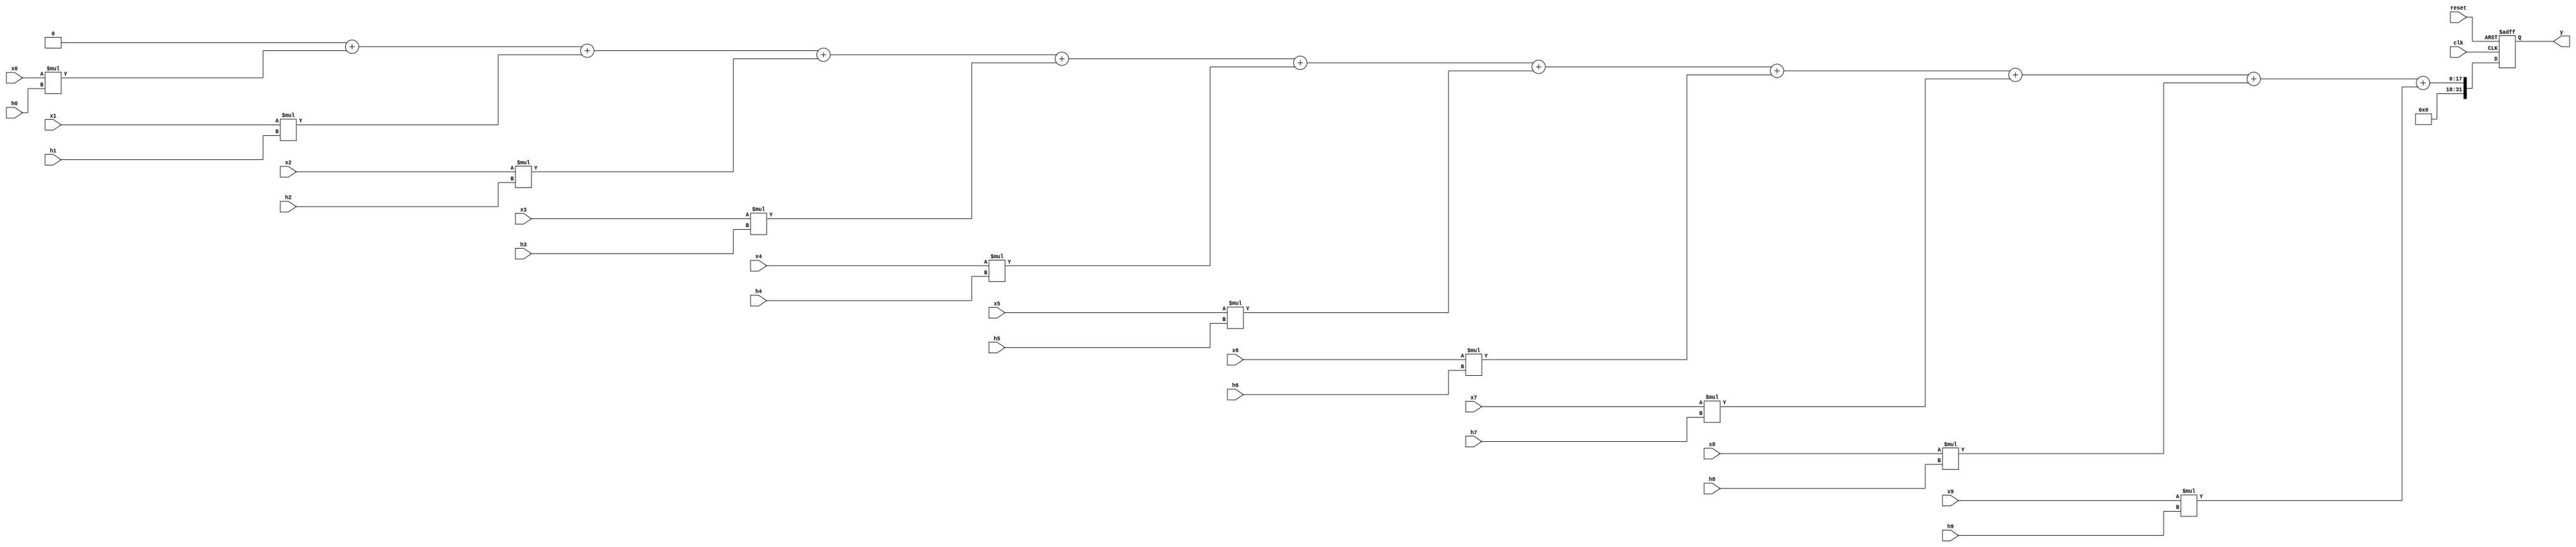
module a9(x0,x1,x2,x3,x4,x5,x6,x7,x8,x9,h0,h1,h2,h3,h4,h5,h6,h7,h8,h9,clk,reset,y);
input [3:0] x0,x1,x2,x3,x4,x5,x6,x7,x8,x9;
input [3:0] h0,h1,h2,h3,h4,h5,h6,h7,h8,h9;
input   reset,clk;
output reg [31:0]y;
reg [3:0] arr1[0:9];
reg [3:0] arr2[0:9];
integer i;
reg [7:0] arr3[0:9];
always @(*)
begin
arr1[0] <= x0;
arr1[1] <= x1;
arr1[2] <= x2;
arr1[3] <= x3;
arr1[4] <= x4;
arr1[5] <= x5;
arr1[6] <= x6;
arr1[7] <= x7;
arr1[8] <= x8;
arr1[9] <= x9;
arr2[0] <= h0;
arr2[1] <= h1;
arr2[2] <= h2;
arr2[3] <= h3;
arr2[4] <= h4;
arr2[5] <= h5;
arr2[6] <= h6;
arr2[7] <= h7;
arr2[8] <= h8;
arr2[9] <= h9;

end
always @(posedge clk or posedge reset)
begin
     y = 0;
    if(reset)
        y = 0;
     else 
     begin
        for(i=0; i<10 ; i++)
        y = y + arr1[i]*arr2[i];   
     end
end
endmodule